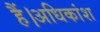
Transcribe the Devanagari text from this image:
हैं।अधिकांश